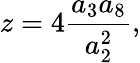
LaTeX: z=4\frac{a_{3}a_{8}}{a_{2}^{2}},